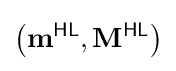
\left(\mathbf {m} ^{\textsf {HL}},\mathbf {M} ^{\textsf {HL}}\right)